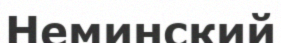
Неминский